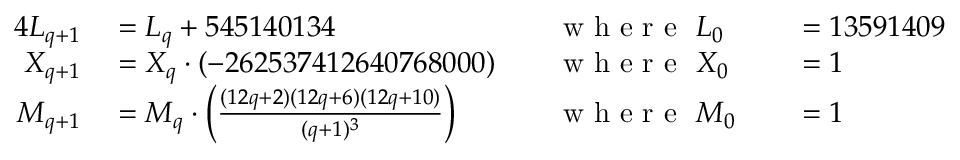
\begin{array} { r l r l r l } { { 4 } L _ { q + 1 } } & { { } = L _ { q } + 5 4 5 1 4 0 1 3 4 \, \, } & { } & { { } { \textrm { w h e r e } } \, \, L _ { 0 } } & { } & { { } = 1 3 5 9 1 4 0 9 } \\ { X _ { q + 1 } } & { { } = X _ { q } \cdot ( - 2 6 2 5 3 7 4 1 2 6 4 0 7 6 8 0 0 0 ) } & { } & { { } { \textrm { w h e r e } } \, \, X _ { 0 } } & { } & { { } = 1 } \\ { M _ { q + 1 } } & { { } = M _ { q } \cdot \left( { \frac { ( 1 2 q + 2 ) ( 1 2 q + 6 ) ( 1 2 q + 1 0 ) } { ( q + 1 ) ^ { 3 } } } \right) \, \, } & { } & { { } { \textrm { w h e r e } } \, \, M _ { 0 } } & { } & { { } = 1 } \end{array}